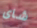
شاى